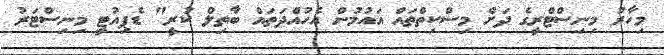
މިހާރު މިނިސްޓްރީގެ ދަށް މިސްކިތްތައް އައުމުން އެހުއްދަތައް ބާތިލް ކުރީ" ޑެޕިއުޓީ މިނިސްޓަރު